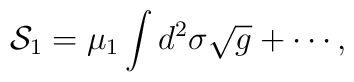
{\cal S}_{1}=\mu_{1}\int d^{2}\sigma\sqrt{g}+\cdots,